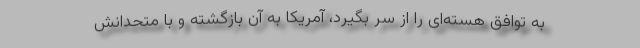
به توافق هسته‌ای را از سر بگیرد، آمریکا به آن بازگشته و با متحدانش